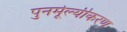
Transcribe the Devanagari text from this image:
पुनर्मूल्यीकरण